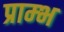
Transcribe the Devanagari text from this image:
प्राम्‍भ